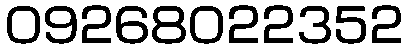
09268022352